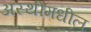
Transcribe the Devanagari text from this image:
अस्थीमधील